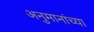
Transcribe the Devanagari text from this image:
अनुमानांच्या